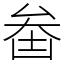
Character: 𠫻